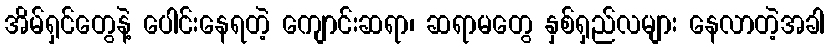
အိမ်ရှင်တွေနဲ့ ပေါင်းနေရတဲ့ ကျောင်းဆရာ၊ ဆရာမတွေ နှစ်ရှည်လများ နေလာတဲ့အခါ